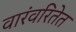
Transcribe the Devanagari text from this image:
वारंवरितेत